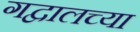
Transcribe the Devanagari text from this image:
गद्वालच्या